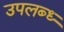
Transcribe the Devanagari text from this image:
उपलब्ध्‍